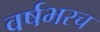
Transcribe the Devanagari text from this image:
वर्षभरच